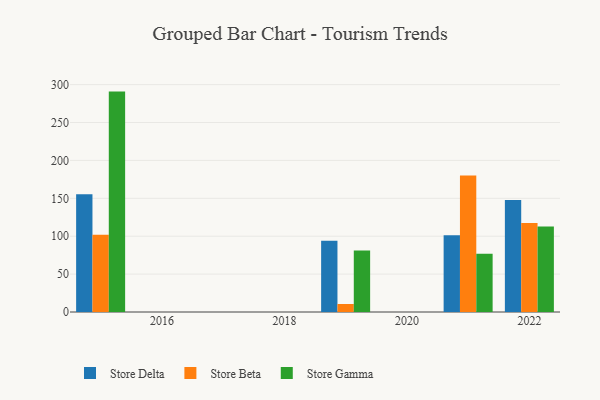
{"axis": {"x": "Year", "y": "Active Users"}, "legend": ["Store Beta", "Store Delta", "Store Gamma"], "data": [{"x": "2021", "y": 101.3, "type": "Store Delta"}, {"x": "2021", "y": 180.2, "type": "Store Beta"}, {"x": "2021", "y": 76.9, "type": "Store Gamma"}, {"x": "2015", "y": 155.4, "type": "Store Delta"}, {"x": "2015", "y": 102.0, "type": "Store Beta"}, {"x": "2015", "y": 290.8, "type": "Store Gamma"}, {"x": "2022", "y": 147.9, "type": "Store Delta"}, {"x": "2022", "y": 117.3, "type": "Store Beta"}, {"x": "2022", "y": 112.8, "type": "Store Gamma"}, {"x": "2019", "y": 94.1, "type": "Store Delta"}, {"x": "2019", "y": 10.6, "type": "Store Beta"}, {"x": "2019", "y": 81.1, "type": "Store Gamma"}]}